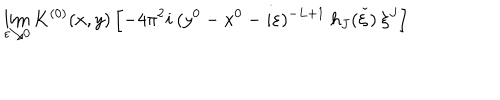
LaTeX: \lim _ { \varepsilon \searrow 0 } K ^ { ( 0 ) } ( x , y ) \left[ - 4 \pi ^ { 2 } i \: ( y ^ { 0 } - x ^ { 0 } - i \varepsilon ) ^ { - L + 1 } \: h _ { J } ( \check { \xi } ) \: \xi ^ { J } \right]